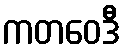
ကတဝေဒီ